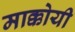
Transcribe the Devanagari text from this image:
माक्कोयी